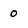
Character: 0